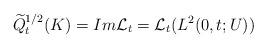
LaTeX: \begin{align*} { \widetilde Q}_t^{1/2} (K) = Im \mathcal L_t = \mathcal L_t (L^2(0,t;U))\end{align*}